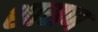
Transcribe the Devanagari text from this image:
शासण